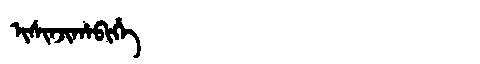
Manchu: ᡳᠰᡳᠨᠵᡳᡥᠠᠪᡳᡥᡝ
Romanization: ISINJIHABIHE